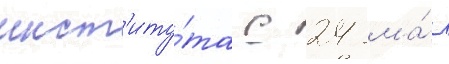
инст'иту́та с 24 ма́я